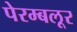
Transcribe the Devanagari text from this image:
पेरम्बलूर